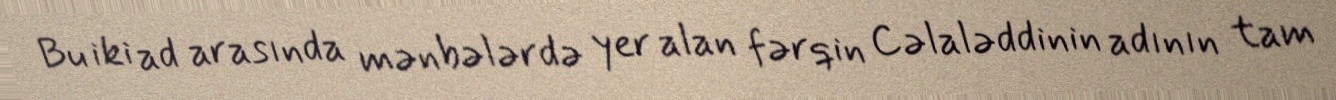
Bu iki ad arasında mənbələrdə yer alan fərqin Cəlaləddinin adının tam